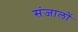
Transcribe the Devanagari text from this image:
संजालों